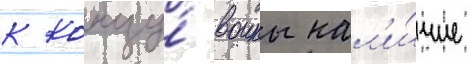
к концу́ воины нал'и́чие